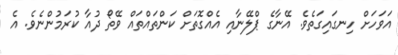
އަވަހަށް ހިނގައިގަތެވެ. އޭނާގެ ޕްލޭނާއި އެއްގޮތަށް ކަންތައްތައް ވޭތޯ ދުއާ ކުރަމުންނެވެ. އެ